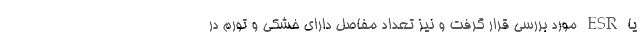
یا ESR مورد بررسی قرار گرفت و نیز تعداد مفاصل دارای خشکی و تورم در